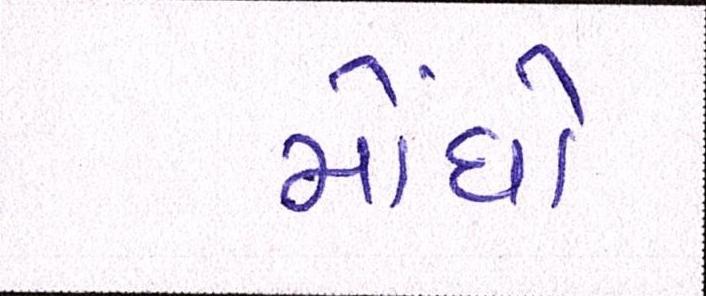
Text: મોંધો